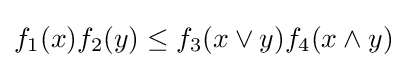
f_{1}(x)f_{2}(y)\leq f_{3}(x\vee y)f_{4}(x\wedge y)